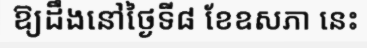
ឱ្យដឹងនៅថ្ងៃទី៨ ខែឧសភា នេះ